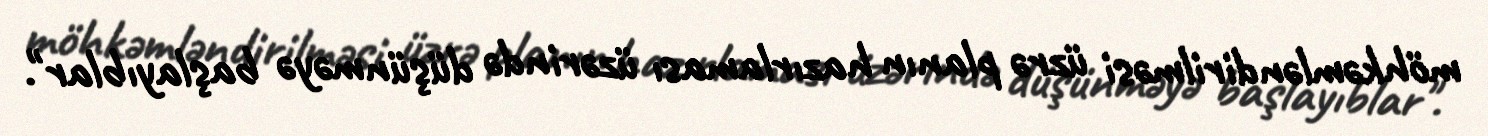
möhkəmləndirilməsi üzrə planın hazırlaması üzərində düşünməyə başlayıblar".